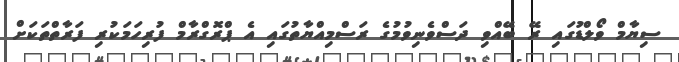
ސިޔާމް ވޯލްޑުގައި ރޭ ބޭއްވި ދަސްވެނިވުމުގެ ރަސްމިއްޔާތުގައި އެ ޕްރޮގްރާމް ފުރިހަމަކުރި ފަރާތްތަކަށް